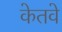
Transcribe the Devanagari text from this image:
केतवे